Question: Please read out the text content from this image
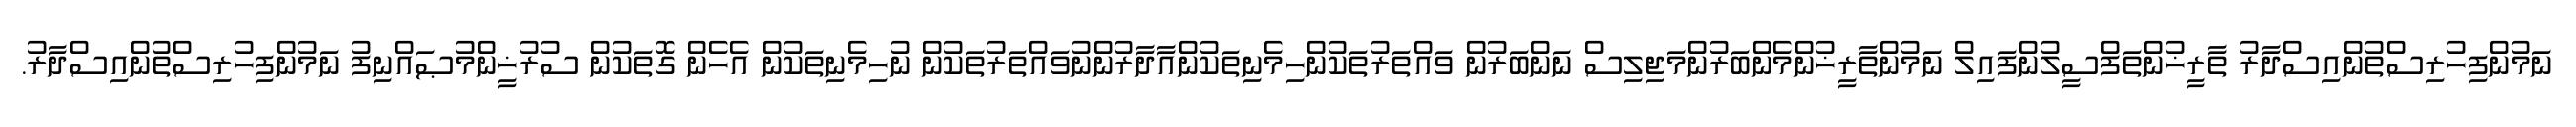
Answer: ނަމުންފިހުރިސްތުންއިސްދާރު ތާރީޚުންތަފްސީލުންފައިލް ނަމުންތާރީޚުންމެންބަރުންމަޖިލިސް ނަންބަރުން ވައްތަރުތަކުންހިމެނިތަކުންއާދާރުންނުވައްތަރުތަކުން ނުހިމެނިތަކުން އެހެން ގޮތަކުން ސުރުޚީންމުޞައްނިފު ނަމުންފިހުރިސްތުންއިސްދާރު.